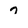
Character: 7